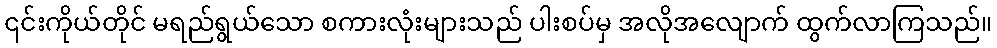
၎င်းကိုယ်တိုင် မရည်ရွယ်သော စကားလုံးများသည် ပါးစပ်မှ အလိုအလျောက် ထွက်လာကြသည်။